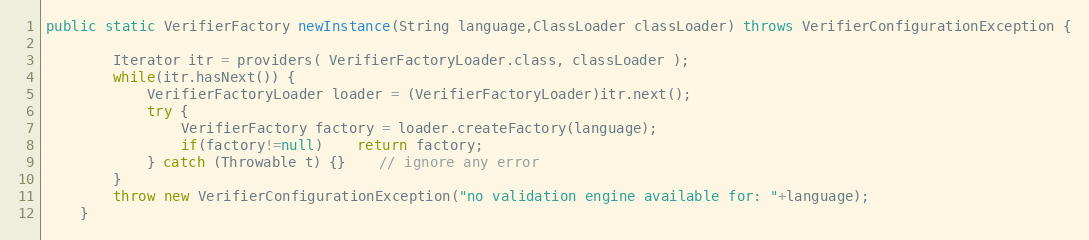
Language: Java
public static VerifierFactory newInstance(String language,ClassLoader classLoader) throws VerifierConfigurationException {

		Iterator itr = providers( VerifierFactoryLoader.class, classLoader );
		while(itr.hasNext()) {
			VerifierFactoryLoader loader = (VerifierFactoryLoader)itr.next();
			try {
				VerifierFactory factory = loader.createFactory(language);
				if(factory!=null)	return factory;
			} catch (Throwable t) {}	// ignore any error
		}
		throw new VerifierConfigurationException("no validation engine available for: "+language);
	}